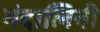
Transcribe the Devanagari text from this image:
मंदालिनी